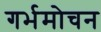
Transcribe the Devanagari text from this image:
गर्भमोचन